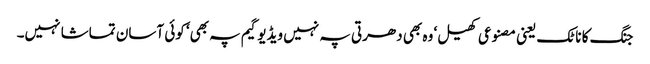
جنگ کا ناٹک یعنی مصنوعی کھیل‘ وہ بھی دھرتی پہ نہیں ویڈیو گیم پہ بھی‘ کوئی آسان تماشا نہیں۔